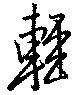
軽